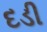
દડી